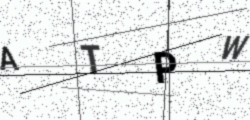
Text: ATPW